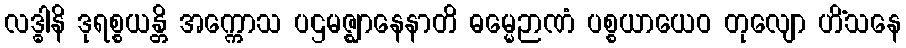
လဒ္ဓါနိ ဒုရစ္စယန္တိ အက္ကောသ ပဌမဇ္ဈာနေနာတိ ဓမ္မေဉာဏံ ပစ္စယာယေဝ တုလျော ဟိံသနေ